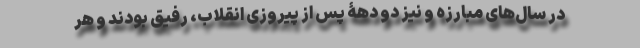
در سال‌های مبارزه و نیز دو دهۀ پس از پیروزی انقلاب، رفیق بودند و هر